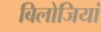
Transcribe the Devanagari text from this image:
बिलोजियां